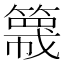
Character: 簚